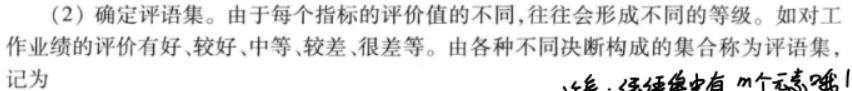
（2）确定评语集。由于每个指标的评价值的不同，往往会形成不同的等级。如对工作业绩的评价有好、较好、中等、较差、很差等。由各种不同决断构成的集合称为评语集，记为